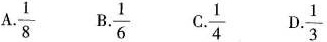
A.\frac{1}{8} B.\frac{1}{6} C.\frac{1}{3} D.\frac{1}{4}